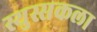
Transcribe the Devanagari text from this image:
स्युस्सकला